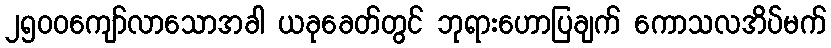
၂၅၀၀ကျော်လာသောအခါ ယခုခေတ်တွင် ဘုရားဟောပြချက် ကောသလအိပ်မက်